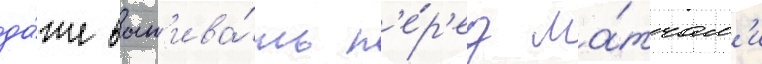
да́же вып'ива́ть п'е́р'ед ма́тчам'и